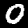
Digit: 0